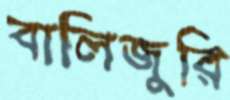
বালিজুরি